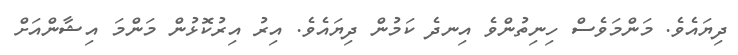
ދިޔައެވެ. މަންމަވެސް ހިނިތުންވެ އިނދެ ކަމުން ދިޔައެވެ. އިރު އިރުކޮޅުން މަންމަ އިޝާންއަށް